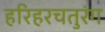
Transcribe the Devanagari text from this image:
हरिहरचतुरंग